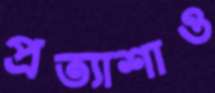
প্রত্যাশাও